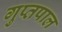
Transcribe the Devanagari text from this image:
गुप्तपाल